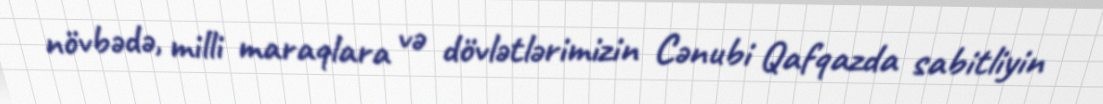
növbədə, milli maraqlara və dövlətlərimizin Cənubi Qafqazda sabitliyin